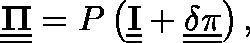
\underline { { \underline { { \mathbf { \Pi } } } } } = P \left( \underline { { \underline { { \mathbf { I } } } } } + \underline { { \underline { { \mathbf { \delta \pi } } } } } \right) ,